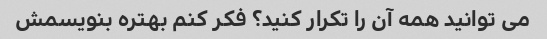
می توانید همه آن را تکرار کنید؟ فکر کنم بهتره بنویسمش